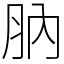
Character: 肭